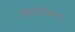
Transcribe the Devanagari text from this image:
सत्यपरकता